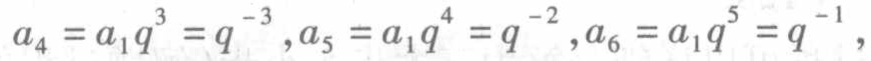
\(a_{4}=a_{1}q^{3}=q^{-3},a_{5}=a_{1}q^{4}=q^{-2},a_{6}=a_{1}q^{5}=q^{-1},\)